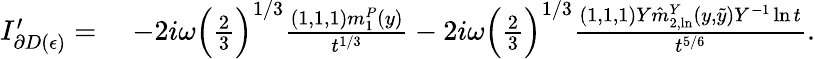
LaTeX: \begin{array}{rl}{I_{\partial D(\epsilon)}^{\prime}=}&{\; -2i\omega\Big(\frac{2}{3}\Big)^{1/3}\frac{(1,1,1)m_{1}^{P}(y)}{t^{1/3}}-2i\omega\Big(\frac{2}{3}\Big)^{1/3}\frac{(1,1,1)Y\hat{m}_{2,\ln}^{Y}(y,\tilde{y})Y^{-1}\ln t}{t^{5/6}}.}\end{array}